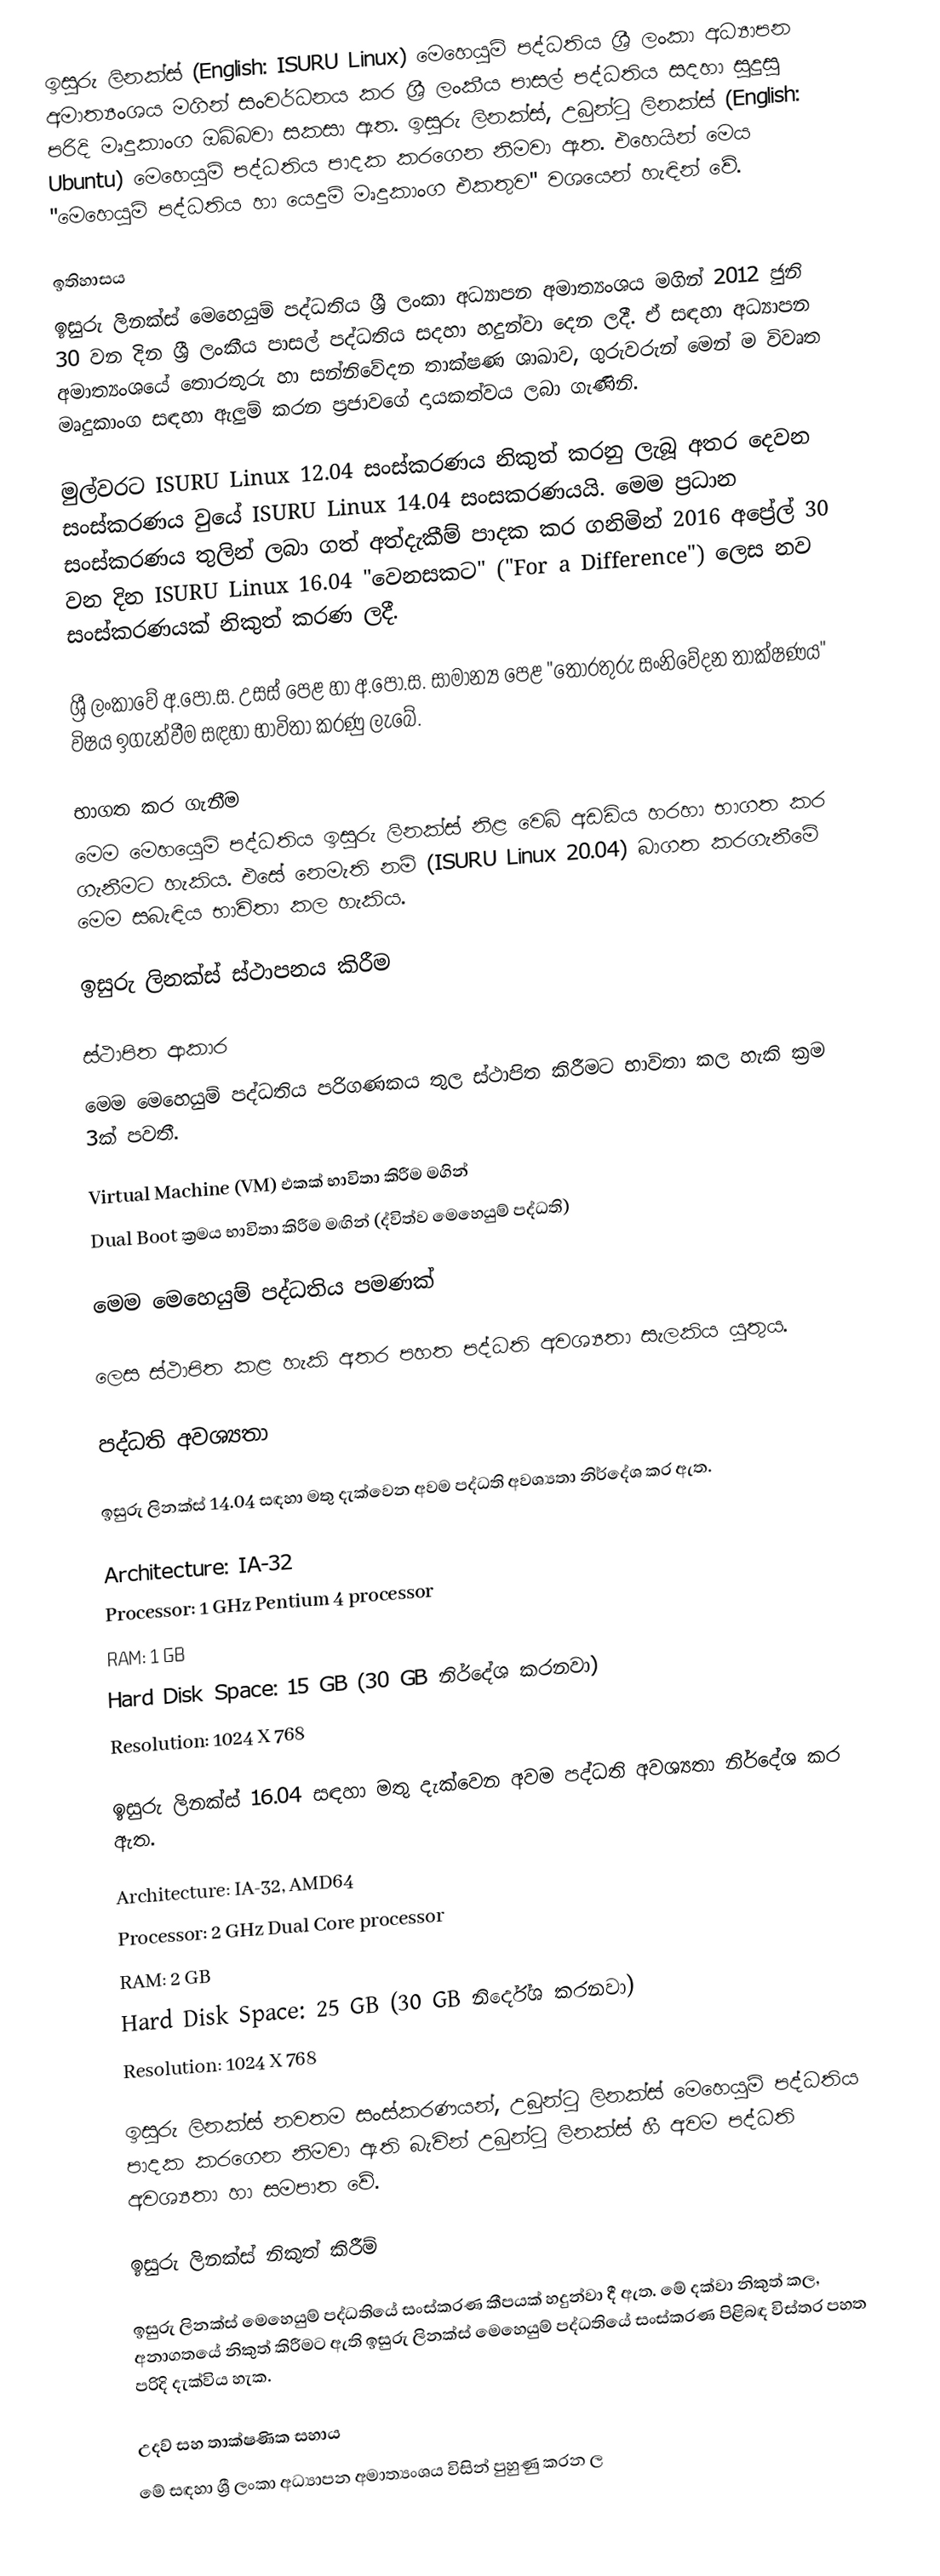
ඉසුරු ලිනක්ස් (English: ISURU Linux) මෙහෙයුම් පද්ධතිය ශ්‍රී ලංකා අධ්‍යාපන අමාත්‍යංශය මගින් සංවර්ධනය කර ශ්‍රී ලංකීය පාසල් පද්ධතිය සදහා සුදුසු පරිදි මෘදුකාංග ඔබ්බවා සකසා ඇත. ඉසුරු ලිනක්ස්, උබුන්ටු ලිනක්ස් (English: Ubuntu) මෙහෙයුම් පද්ධතිය පාදක කරගෙන නිමවා ඇත. එහෙයින් මෙය "මෙහෙයුම් පද්ධතිය හා යෙදුම් මෘදුකාංග එකතුව" වශයෙන් හැඳින් වේ.

ඉතිහාසය
ඉසුරු ලිනක්ස් මෙහෙයුම් පද්ධතිය ශ්‍රී ලංකා අධ්‍යාපන අමාත්‍යංශය මගින් 2012 ජුනි 30 වන දින ශ්‍රී ලංකීය පාසල් පද්ධතිය සදහා හදුන්වා දෙන ලදී. ඒ සඳහා අධ්‍යාපන අමාත්‍යංශයේ තොරතුරු හා සන්නිවේදන තාක්ෂණ ශාඛාව, ගුරුවරුන් මෙන් ම විවෘත මෘදුකාංග සඳහා ඇලුම් කරන ප්‍රජාවගේ දායකත්වය ලබා ගැණිනි.

මුල්වරට ISURU Linux 12.04 සංස්කරණය නිකුත් කරනු ලැබූ අතර දෙවන සංස්කරණය වුයේ ISURU Linux 14.04 සංසකරණයයි. මෙම ප්‍රධාන සංස්කරණය තුලින් ලබා ගත් අත්දැකීම් පාදක කර ගනිමින් 2016 අප්‍රේල් 30 වන දින ISURU Linux 16.04 "වෙනසකට" ("For a Difference") ලෙස නව සංස්කරණයක් නිකුත් කරණ ලදී.

ශ්‍රී ලංකාවේ අ.පො.ස. උසස් පෙළ හා අ.පො.ස. සාමාන්‍ය පෙළ "තොරතුරු සංනිවේදන තාක්ෂණය" විෂය ඉගැන්වීම සඳහා භාවිතා කරණු ලැබේ.

භාගත කර ගැනීම
මෙම මෙහයෙුම් පද්ධතිය ඉසුරු ලිනක්ස් නිළ වෙබ් අඩඩිය හරහා භාගත කර ගැනීමට හැකිය. එසේ නෙමැති නම් (ISURU Linux 20.04) බාගත කරගැනීමේ මෙම සබැඳිය භාවිතා කල හැකිය.

ඉසුරු ලිනක්ස් ස්ථාපනය කිරීම

ස්ථාපිත ආකාර
මෙම මෙහෙයුම් පද්ධතිය පරිගණකය තුල ස්ථාපිත කිරීමට භාවිතා කල හැකි ක්‍රම 3ක් පවතී.

 Virtual Machine (VM) එකක් භාවිතා කිරීම මගින්
 Dual Boot ක්‍රමය භාවිතා කිරීම මඟින් (ද්විත්ව මෙහෙයුම් පද්ධති)

 මෙම මෙහෙයුම් පද්ධතිය පමණක්

ලෙස ස්ථාපිත කළ හැකි අතර පහත පද්ධති අවශ්‍යතා සැලකිය යුතුය.

පද්ධති අවශ්‍යතා

ඉසුරු ලිනක්ස් 14.04 සඳහා මතු දැක්වෙන අවම පද්ධති අවශ්‍යතා නිර්දේශ කර ඇත.

 Architecture: IA-32
 Processor: 1 GHz Pentium 4 processor
 RAM: 1 GB
 Hard Disk Space: 15 GB (30 GB නිර්දේශ කරනවා)
 Resolution: 1024 X 768

ඉසුරු ලිනක්ස් 16.04 සඳහා මතු දැක්වෙන අවම පද්ධති අවශ්‍යතා නිර්දේශ කර ඇත.

 Architecture: IA-32, AMD64
 Processor: 2 GHz Dual Core processor
 RAM: 2 GB
 Hard Disk Space: 25 GB (30 GB නිර්දේශ කරනවා)
 Resolution: 1024 X 768

ඉසුරු ලිනක්ස් නවතම සංස්කරණයන්,  උබුන්ටු ලිනක්ස් මෙහෙයුම් පද්ධතිය පාදක කරගෙන නිමවා ඇති බැවින් උබුන්ටු ලිනක්ස් හී අවම පද්ධති අවශ්‍යතා හා සමපාත වේ.

ඉසුරු ලිනක්ස් නිකුත් කිරීම්

ඉසුරු ලිනක්ස් මෙහෙයුම් පද්ධතියේ සංස්කරණ කීපයක් හදුන්වා දී ඇත. මේ දක්වා නිකුත් කල, අනාගතයේ නිකුත් කිරීමට ඇති ඉසුරු ලිනක්ස් මෙහෙයුම් පද්ධතියේ සංස්කරණ පිළිබඳ විස්තර පහත පරිදි දැක්විය හැක.

උදව් සහ තාක්ෂණික සහාය
මේ සඳහා ශ්‍රී ලංකා අධ්‍යාපන අමාත්‍යංශය විසින් පුහුණු කරන ල